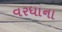
વરધાના